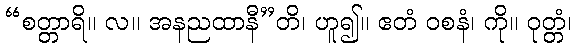
“စတ္တာရိ။ လ။ အနညထာနီ”တိ၊ ဟူ၍။ ဧတံ ဝစနံ၊ ကို။ ဝုတ္တံ၊